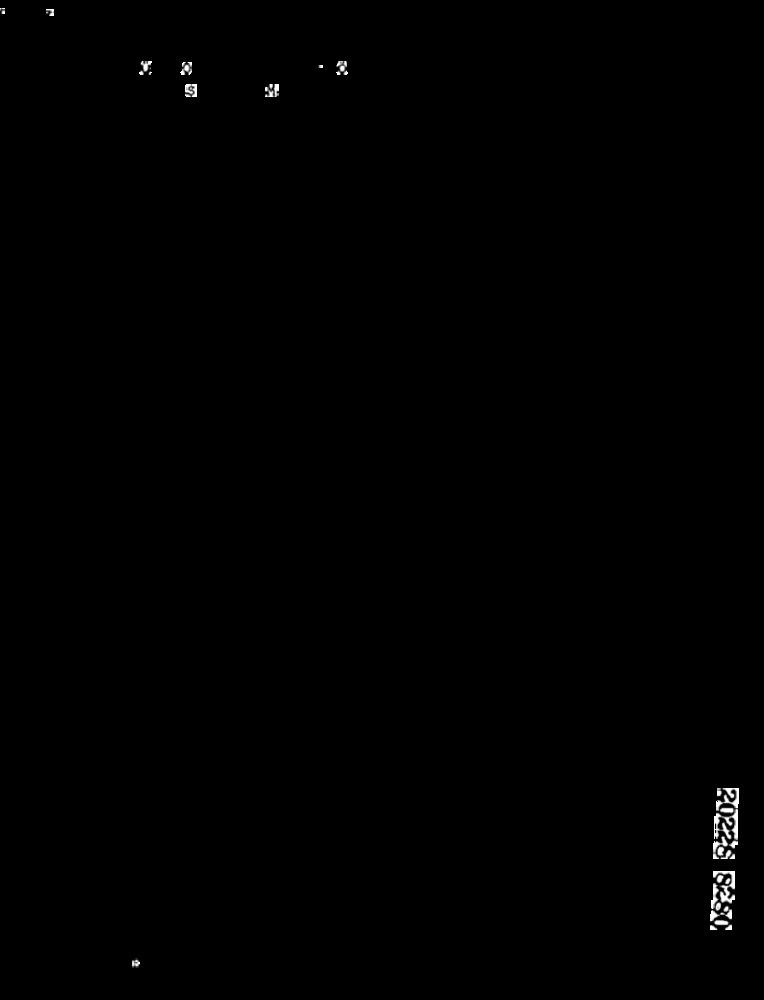
20228 8230